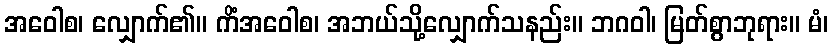
အဝေါစ၊ လျှောက်၏။ ကိံအဝေါစ၊ အဘယ်သို့လျှောက်သနည်း။ ဘဂဝါ၊ မြတ်စွာဘုရား။ မံ၊